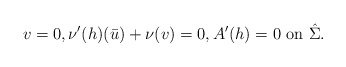
\begin{align*}v= 0, \nu'(h) (\bar u) + \nu(v)=0, A'(h)=0 \mbox{ on }\hat \Sigma.\end{align*}